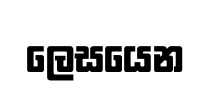
ලෙසයෙන